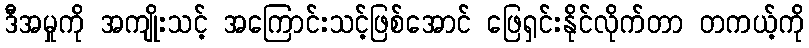
ဒီအမှုကို အကျိုးသင့် အကြောင်းသင့်ဖြစ်အောင် ဖြေရှင်းနိုင်လိုက်တာ တကယ့်ကို